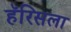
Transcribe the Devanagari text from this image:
हॅरिसला